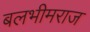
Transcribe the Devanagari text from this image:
बलभीमराज